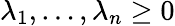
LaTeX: \lambda_{1},\dots,\lambda_{n}\geq 0